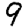
Digit: 9